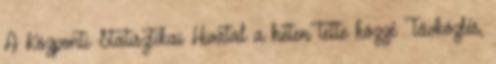
A Központi Statisztikai Hivatal a héten tette közzé Távközlés,